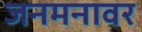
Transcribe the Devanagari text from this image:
जनमनावर